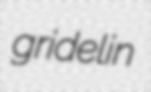
gridelin